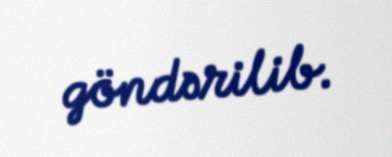
göndərilib.